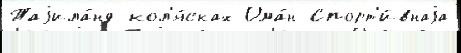
Таjила́нд кол'я́сках Ома́н Спорт'и́внаjа